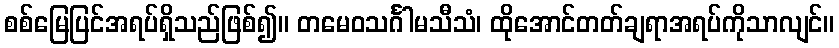
စစ်မြေပြင်အရပ်ရှိသည်ဖြစ်၍။ တမေဝသင်္ဂါမသီသံ၊ ထိုအောင်တတ်ချရာအရပ်ကိုသာလျင်။